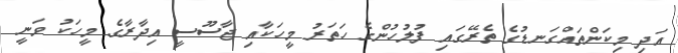
އަދި މިކަންތައްގަނޑުގެ ތެރޭގައި ފުލުހުންގެ ހަތަރު މީހަކާއި ޖާސޫސީ އިދާރާގެ މީހަކު ވަނީ